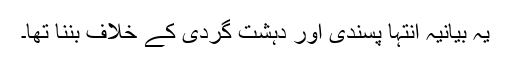
یہ بیانیہ انتہا پسندی اور دہشت گردی کے خلاف بننا تھا۔